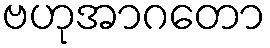
ဗဟုအာဂတော